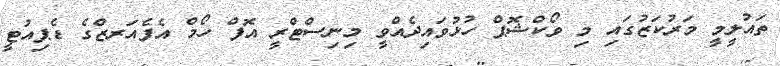
ތައުލީމީ މަރުކަޒުގައި މި ވޯކްޝޮޕް ހުޅުވައިދެއްވީ މިނިސްޓްރީ އޮފް ހޯމް އެފެއަރޒްގެ ޑެޕިއުޓީ